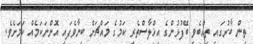
ތިން ބާރުގައި ތިއްބެވި ބޭފުޅުންގެ އިޚްލާސްތެރި ކަމުގެ މައްޗަށް ބިނާވެފައި އޮންނަކަމެއް ކަމަށެވެ.